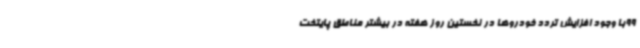
99با وجود افزایش تردد خودروها در نخستین روز هفته در بیشتر مناطق پایتخت